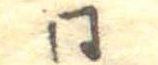
同